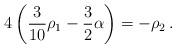
LaTeX: \begin{align*}4\left({3\over 10}\rho_1-{3\over2}\alpha\right)=-\rho_2\,.\end{align*}